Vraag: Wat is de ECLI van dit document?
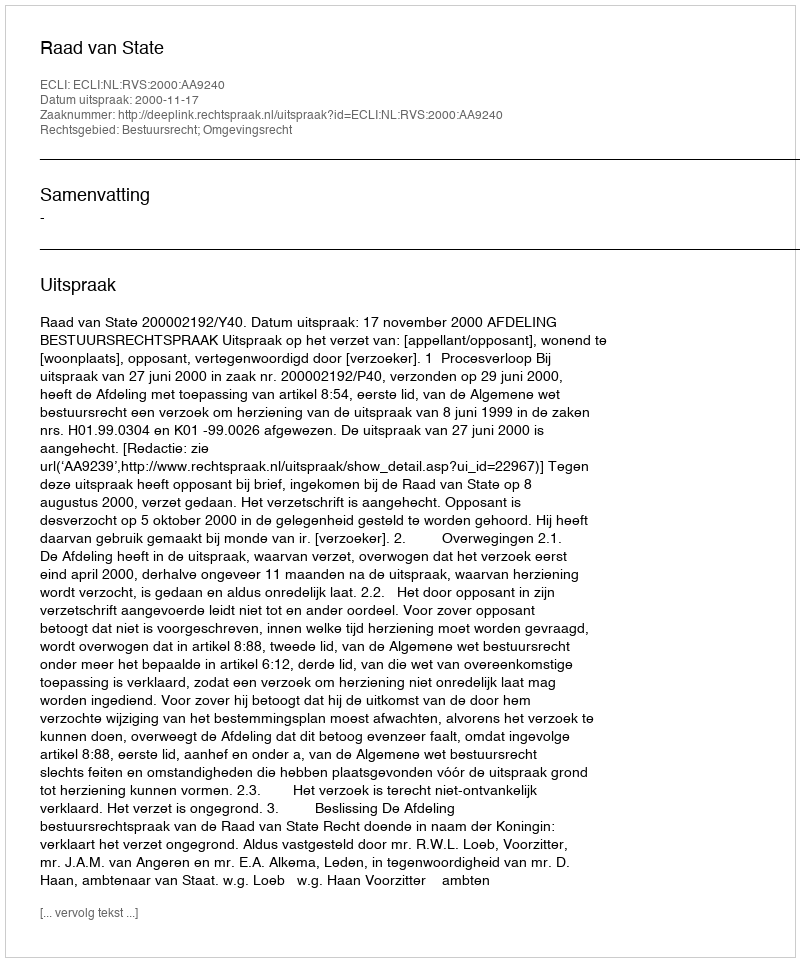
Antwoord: ECLI:NL:RVS:2000:AA9240